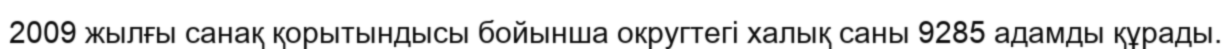
2009 жылғы санақ қорытындысы бойынша округтегі халық саны 9285 адамды құрады.